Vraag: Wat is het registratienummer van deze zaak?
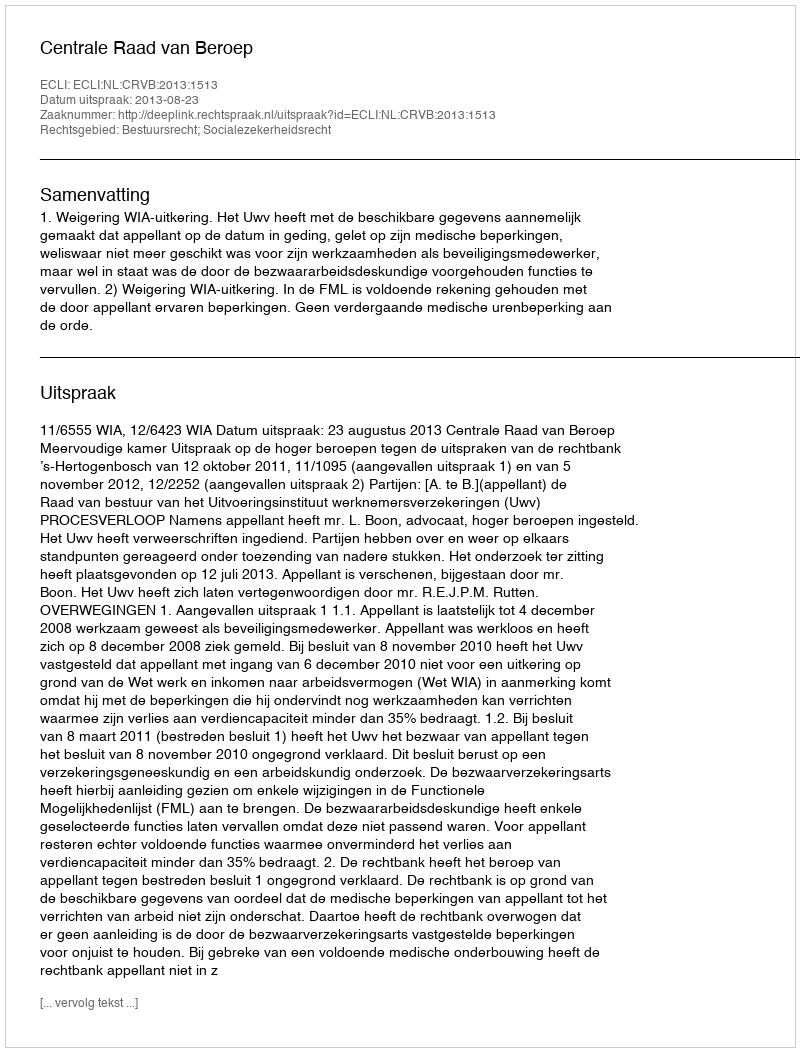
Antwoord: http://deeplink.rechtspraak.nl/uitspraak?id=ECLI:NL:CRVB:2013:1513